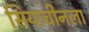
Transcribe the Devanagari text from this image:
सियाचीनला